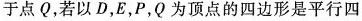
于点Q，若以D，E，P，Q为顶点的四边形是平行四